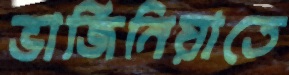
ভার্জিনিয়াতে